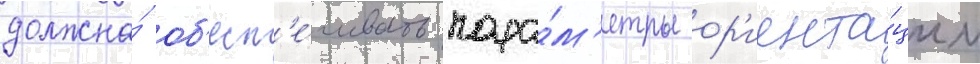
должна́ об'есп'е́чивать пара́м'етры ор'иента́ции